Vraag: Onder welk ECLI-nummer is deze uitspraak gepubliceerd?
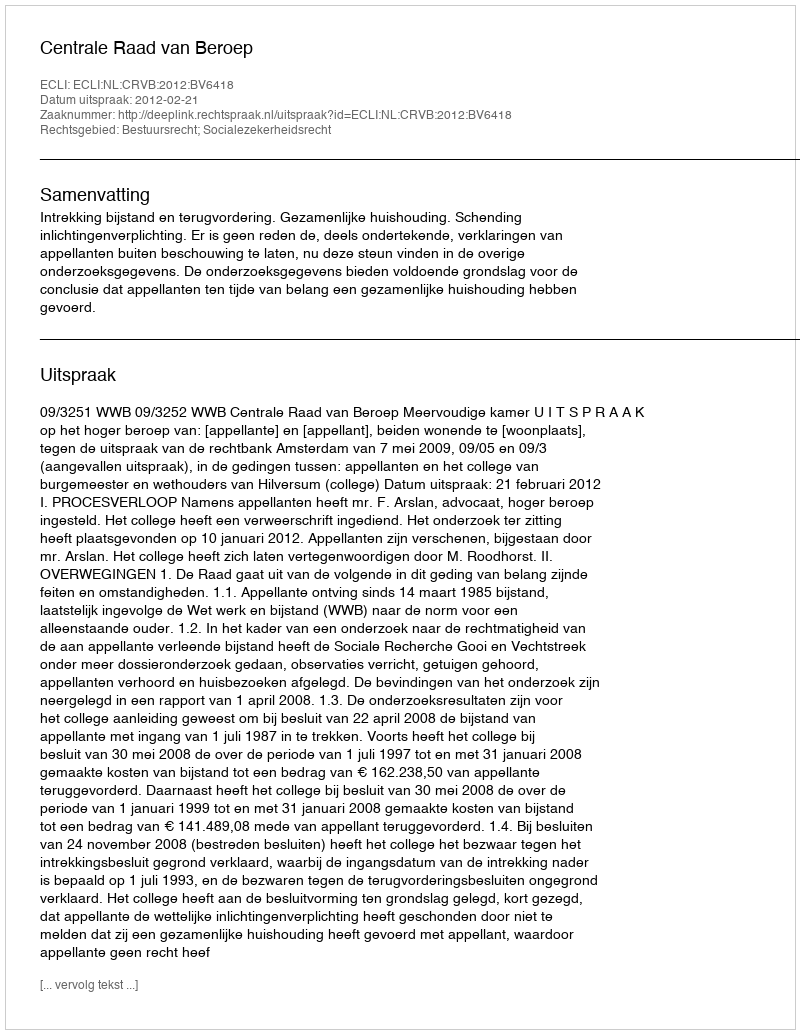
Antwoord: ECLI:NL:CRVB:2012:BV6418